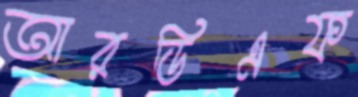
আরডিএফ